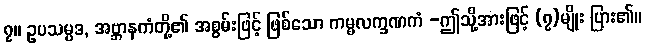
၇။ ဥပသမ္ပဒ, အဗ္ဘာနကံတို့၏ အစွမ်းဖြင့် ဖြစ်သော ကမ္မလက္ခဏကံ -ဤသို့အားဖြင့် (၇)မျိုး ပြား၏။